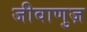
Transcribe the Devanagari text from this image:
जीवाणुज़